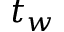
t _ { w }